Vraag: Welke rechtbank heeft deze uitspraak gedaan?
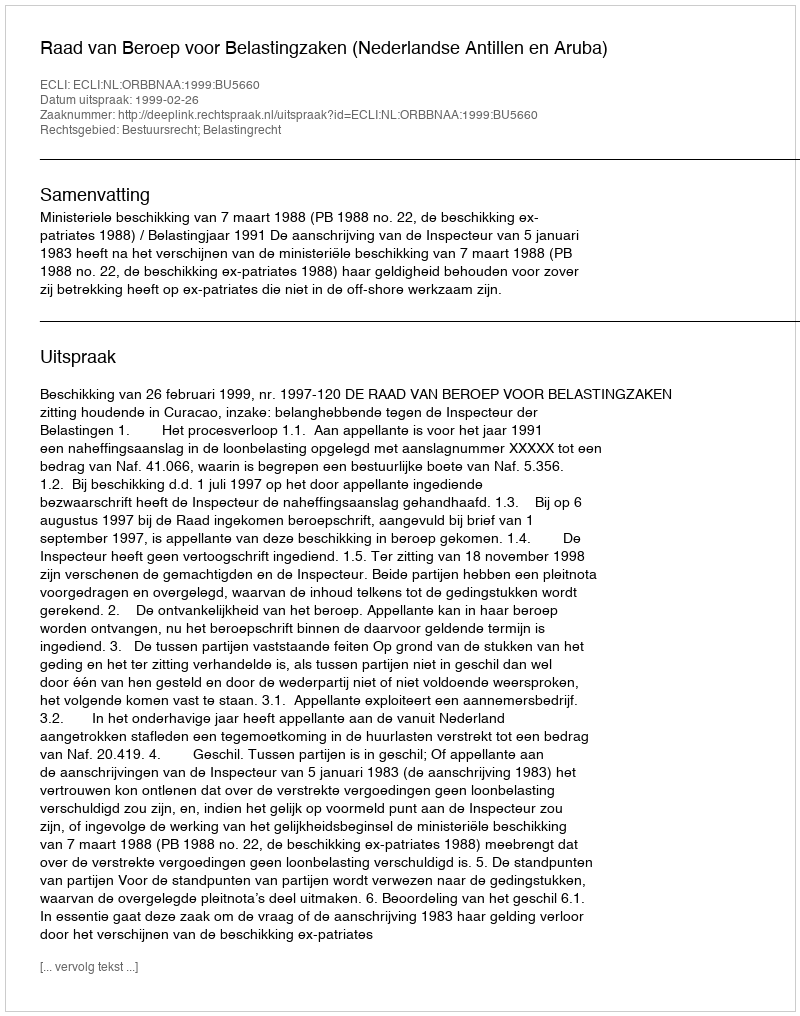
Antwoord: Raad van Beroep voor Belastingzaken (Nederlandse Antillen en Aruba)